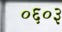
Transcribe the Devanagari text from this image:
०६०३